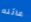
عائله